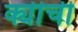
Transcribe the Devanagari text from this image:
क्यीची